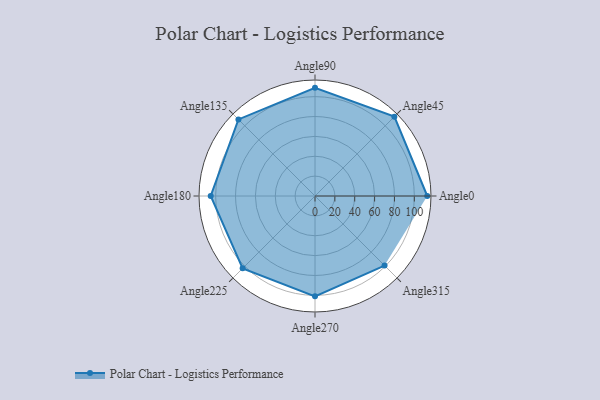
{"axis": {"x": "Angle", "y": "Radius"}, "legend": [""], "data": [{"x": "Angle0", "y": 113.0, "type": ""}, {"x": "Angle45", "y": 113.0, "type": ""}, {"x": "Angle90", "y": 109.0, "type": ""}, {"x": "Angle135", "y": 109.0, "type": ""}, {"x": "Angle180", "y": 105.0, "type": ""}, {"x": "Angle225", "y": 103.0, "type": ""}, {"x": "Angle270", "y": 101.0, "type": ""}, {"x": "Angle315", "y": 99.0, "type": ""}]}